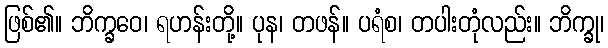
ဖြစ်၏။ ဘိက္ခဝေ၊ ရဟန်းတို့။ ပုန၊ တဖန်။ ပရံစ၊ တပါးတုံလည်း။ ဘိက္ခု၊